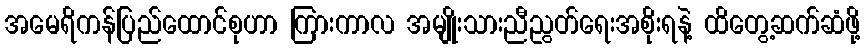
အမေရိကန်ပြည်ထောင်စုဟာ ကြားကာလ အမျိုးသားညီညွတ်ရေးအစိုးရနဲ့ ထိတွေ့ဆက်ဆံဖို့